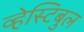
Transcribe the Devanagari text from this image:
व्हेस्टिबुल